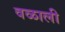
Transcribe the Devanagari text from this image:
वळाली